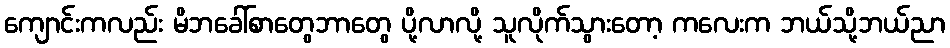
ကျောင်းကလည်း မိဘခေါ်စာတွေဘာတွေ ပို့လာလို့ သူလိုက်သွားတော့ ကလေးက ဘယ်သို့ဘယ်ညာ